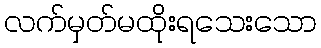
လက်မှတ်မထိုးရသေးသော